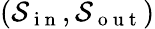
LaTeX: (\mathcal{S}_{\mathrm{~i~n~}},\mathcal{S}_{\mathrm{~o~u~t~}})